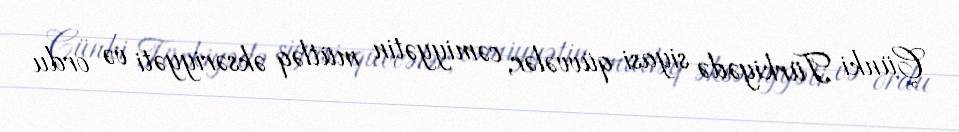
Çünki Türkiyədə siyasi qüvvələr, cəmiyyətin mütləq əksəriyyəti və ordu